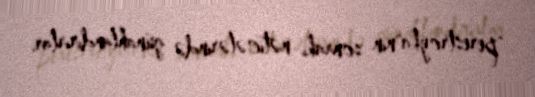
"perestroyka"nın sonrakı nəticələrində günahlandırırlar.